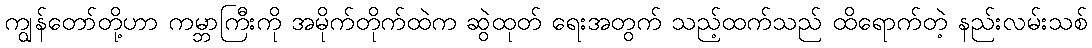
ကျွန်တော်တို့ဟာ ကမ္ဘာကြီးကို အမိုက်တိုက်ထဲက ဆွဲထုတ် ရေးအတွက် သည့်ထက်သည် ထိရောက်တဲ့ နည်းလမ်းသစ်